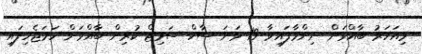
މިއަހަރު ބާއްވަން ނިންމާފައިވާ 19 ވަނަ ސާކް ސަމިޓް ކުރިން ބާއްވަން ހަމަޖެހިފައި